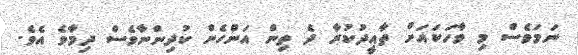
ނަމަވެސް މި ވާހަކައަށް ތާއީދުކުރާ ދެ ތިން އަންހެން ކުދިންނާވެސް ދިމާވެ އެވެ.